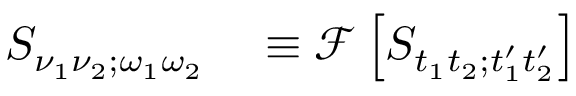
\begin{array} { r l } { S _ { \nu _ { 1 } \nu _ { 2 } ; \omega _ { 1 } \omega _ { 2 } } } & { { } \equiv \mathscr { F } \left[ S _ { t _ { 1 } t _ { 2 } ; t _ { 1 } ^ { \prime } t _ { 2 } ^ { \prime } } \right] } \end{array}